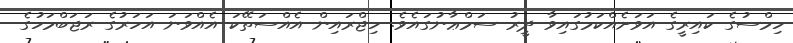
ހިމްސުގެ ކައިރީގެ އަވަށެއްކަމުގައިވާ ދީރު ސަމްޢާނުގައެވެ. ހިޖްރައިން އެއްސަތޭކަ އެއްވަނަ އަހަރުގެ ރަޖަބްމަހުގެ